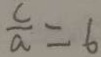
\frac { c } { a } = 6